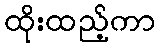
ထိုးထည့်ကာ